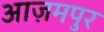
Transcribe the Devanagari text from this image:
आज़मपुर